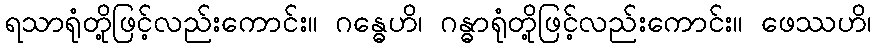
ရသာရုံတို့ဖြင့်လည်းကောင်း။ ဂန္ဓေဟိ၊ ဂန္ဓာရုံတို့ဖြင့်လည်းကောင်း။ ဖေဿဟိ၊